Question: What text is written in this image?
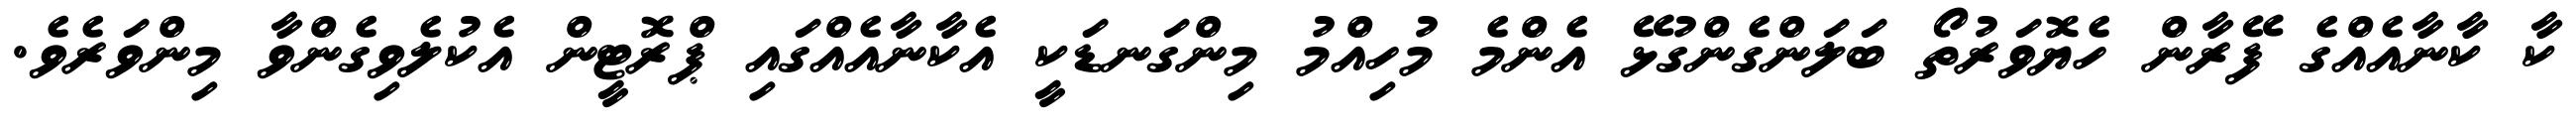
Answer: ކާ ކާނާއެއްގެ ފޭރާން ހެޔޮވަރުތޯ ބަލަންގެންގުޅޭ އެންމެ މުހިއްމު މިންގަނޑަކީ އެކާނާއެއްގައި ޕްރޮޓީން އެކުލެވިގެންވާ މިންވަރެވެ.